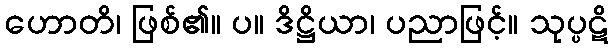
ဟောတိ၊ ဖြစ်၏။ ပ။ ဒိဋ္ဌိယာ၊ ပညာဖြင့်။ သုပ္ပဋိ